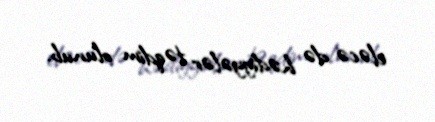
eləcə də hədiyyələr təqdim olunub.